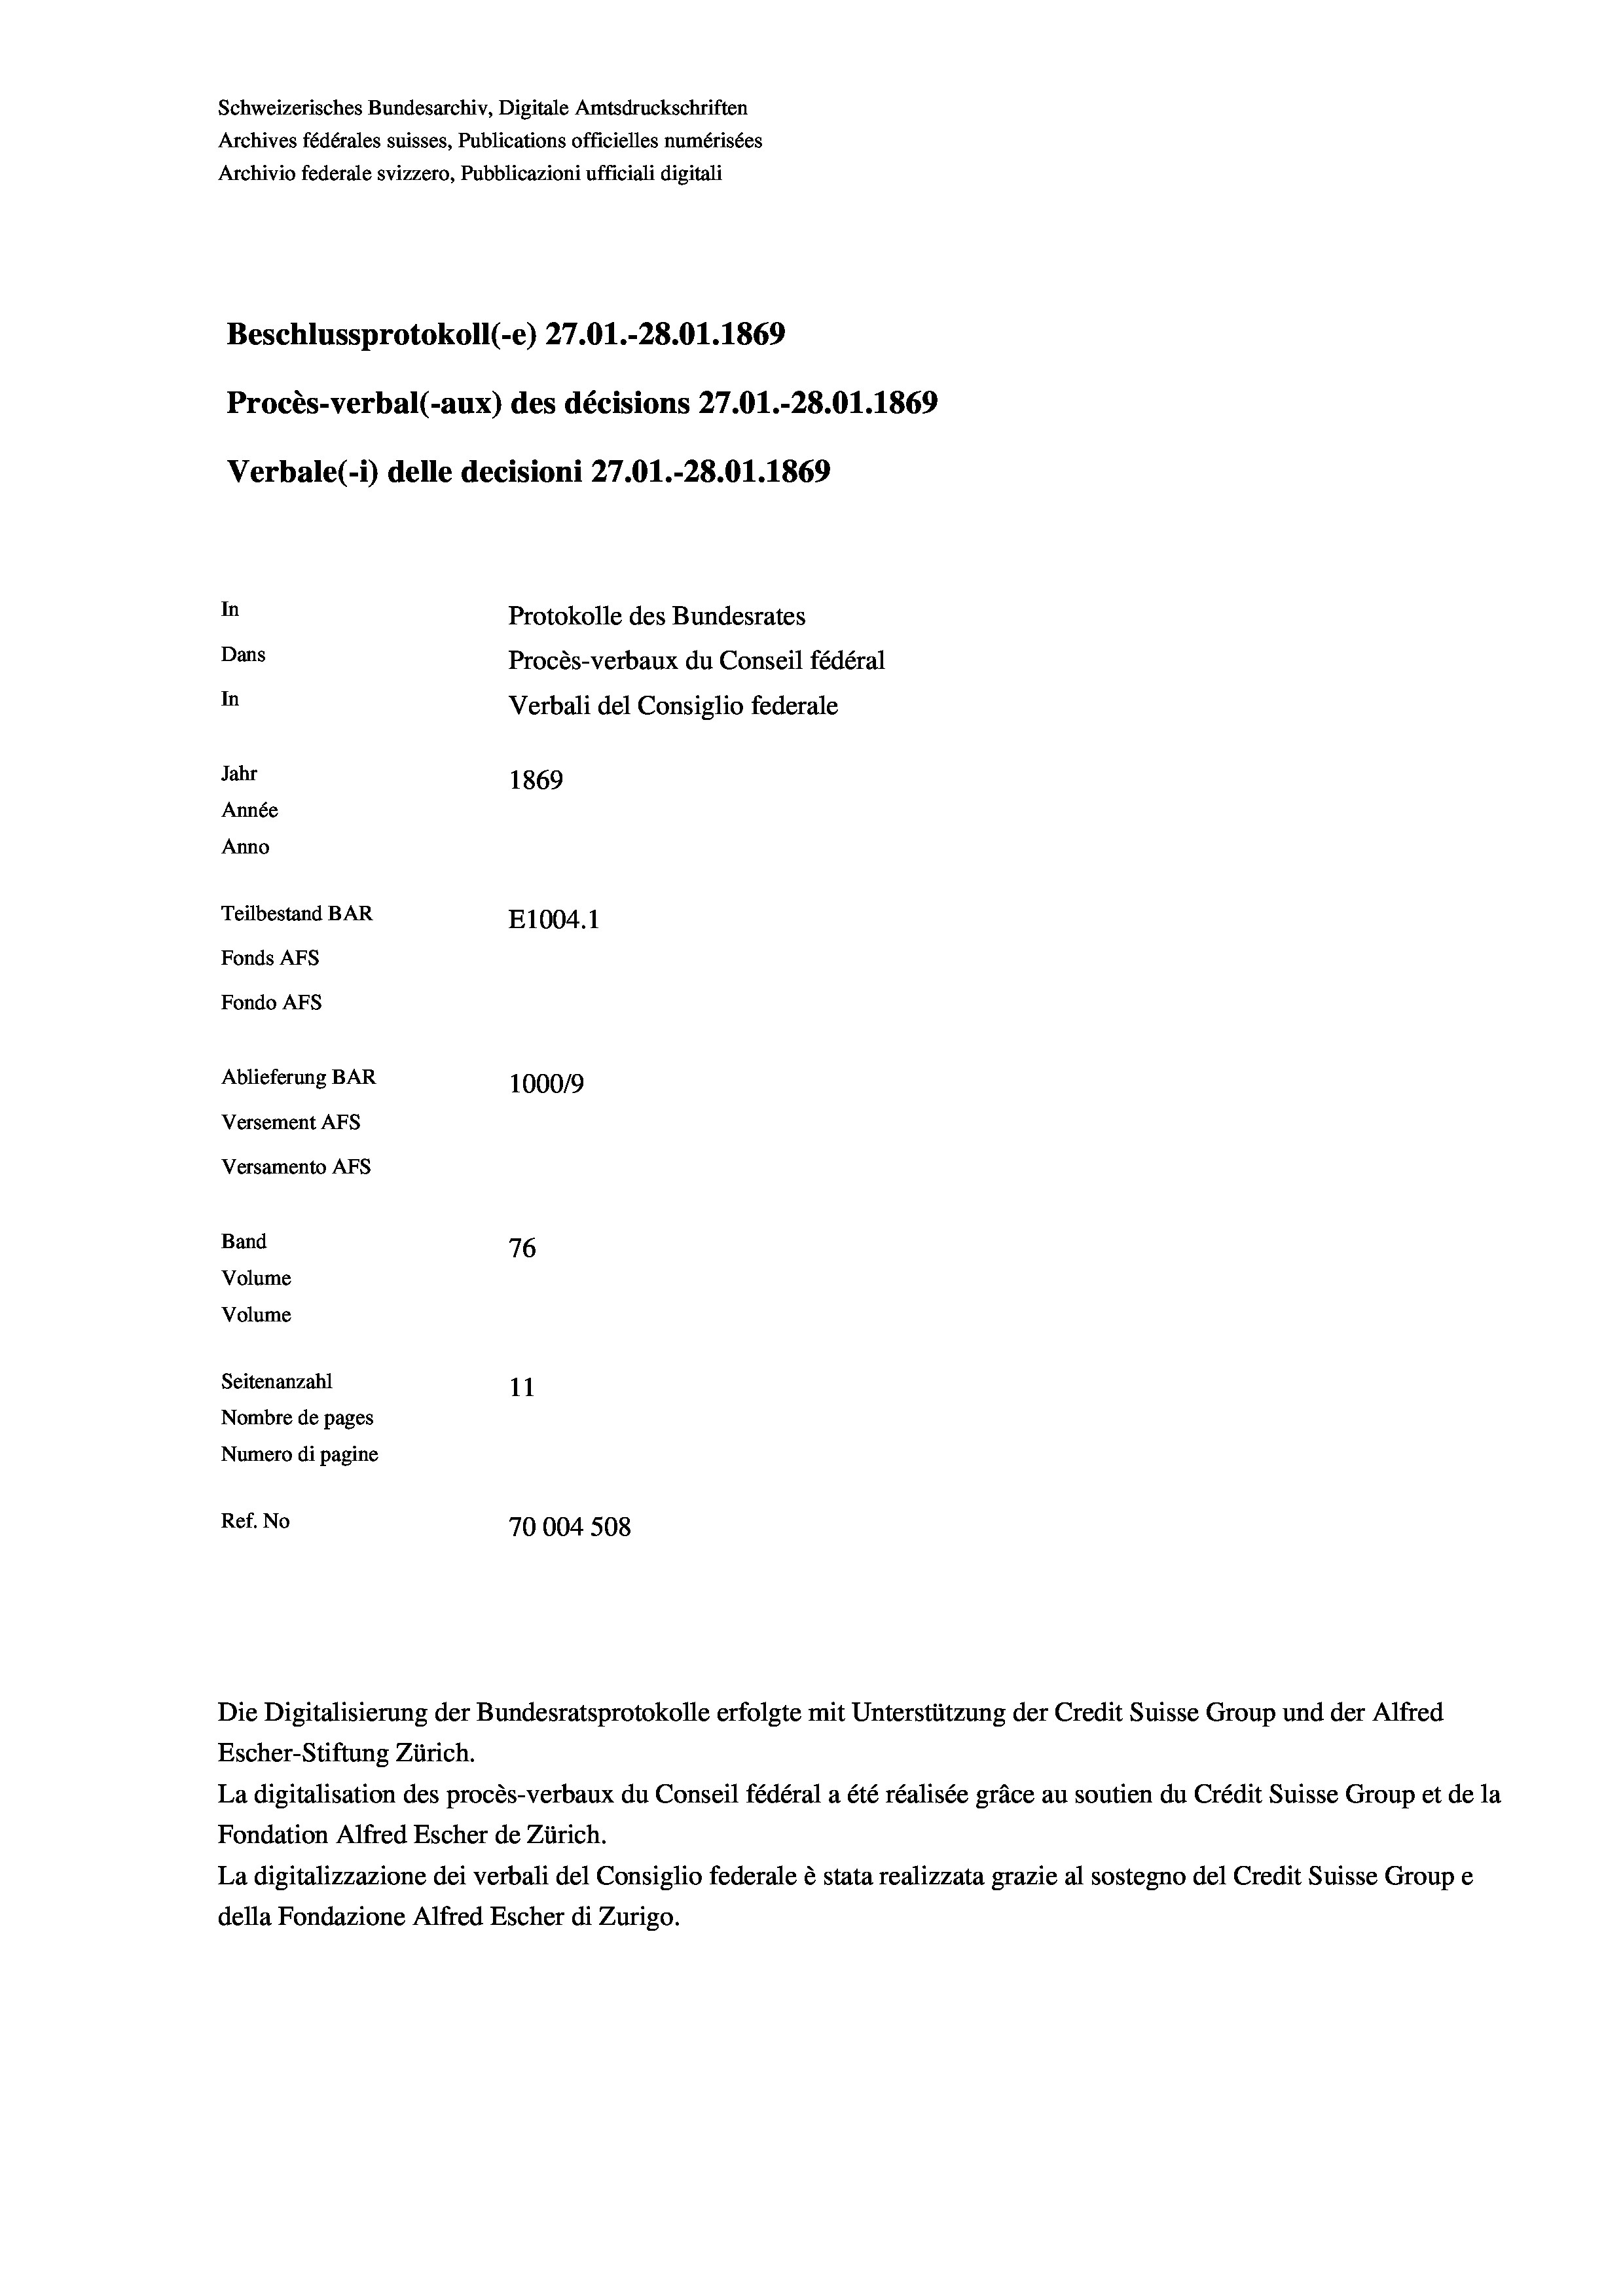
Schweizerisches Bundesarchiv, Digitale Amtsdruckschriften
Archives fédérales suisses, Publications officielles numérisées
Archivio federale svizzero, Pubblicazioni ufficiali digitali
Beschlussprotokoll (-e) 27.01.-28.01. 1869
Procès-verbal (-aux) des décisions 27.01.-28.01. 1869
Verbale (i) delle decisioni 27.01.-28.01. 1869
In
Protokolle des Bundesrates
Dans
Procès-verbaux du Conseil fédéral
In
Verbali del Consiglio federale
Jahr
1869
Année
Anno
Teilbestand BAR
E1004. 1
Fonds AFs
Fondo AFs
Ablieferung BAR
100019
Versement AFs
Versamento Afs
Band
76
Volume
Volume
Seitenanzahl
11
Nombre de pages
Numero di pagine
Ref. No
70004 508

Escher-Stiftung Zürich.
La digitalisation des procès-verbaux du Conseil fédéral a été réalisée gräce au soutien du Crédit Suisse Group et de la
Fondation Alfred Escher de Zürich.
La digitalizzazione dei verbali del Consiglio federale è stata realizzata grazie al sostegno del Credit Suisse Groupe
della Fondazione Alfred Escher di Zurigo.

Die Digitalisierung der Bundesratsprotokolle erfolgte mit Unterstützung der Credit Suisse Group und der Alfred